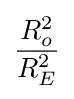
{\frac {R_{o}^{2}}{R_{E}^{2}}}